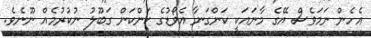
އެހެން ނަމަވެސް އޭގެ މާނައަކީ ކަންގަނާ އެވޯޑުގެ ކަންކަން ގަބޫލު ނުކުރުމެއް ނޫނެވެ.